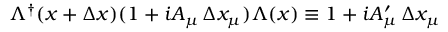
\Lambda ^ { \dagger } ( x + \Delta x ) ( 1 + i A _ { \mu } \, \Delta x _ { \mu } ) \Lambda ( x ) \equiv 1 + i A _ { \mu } ^ { \prime } \, \Delta x _ { \mu }